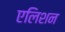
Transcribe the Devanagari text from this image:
एलिशन